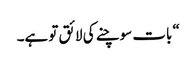
“ بات سوچنے کی لائق تو ہے۔